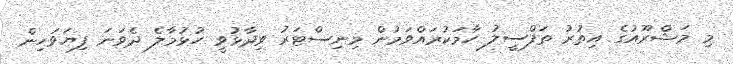
މި މަޝްރޫއުގެ އިތުރު ތަފްސީލު ހާމަކުރައްވަމުން މިނިސްޓަރު ވިދާޅުވީ ހުޅުމާލެ ދެވަނަ ފިޔަވަހިން